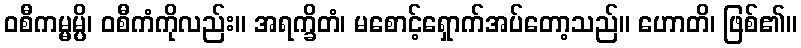
ဝစီကမ္မမ္ပိ၊ ဝစီကံကိုလည်း။ အရက္ခိတံ၊ မစောင့်ရှောက်အပ်တော့သည်။ ဟောတိ၊ ဖြစ်၏။